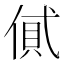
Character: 𠌗